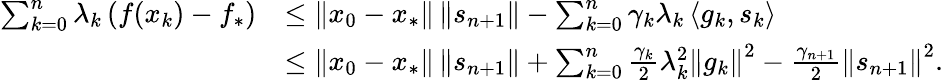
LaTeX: \begin{array}{rl}{\sum_{k=0}^{n}\lambda_{k}\left(f(x_{k})-f_{*}\right)}&{\leq\left\Vert x_{0}-x_{*}\right\Vert\left\Vert s_{n+1}\right\Vert-\sum_{k=0}^{n}\gamma_{k}\lambda_{k}\left\langle g_{k},s_{k}\right\rangle}\\ &{\leq\left\Vert x_{0}-x_{*}\right\Vert\left\Vert s_{n+1}\right\Vert+\sum_{k=0}^{n}\frac{\gamma_{k}}{2}\lambda_{k}^{2}\left\Vert g_{k}\right\Vert^{2}-\frac{\gamma_{n+1}}{2}\left\Vert s_{n+1}\right\Vert^{2}.}\end{array}